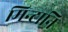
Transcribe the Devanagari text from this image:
मिन्टानि